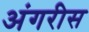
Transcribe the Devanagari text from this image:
अंगरीस